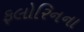
ફલોરિનના